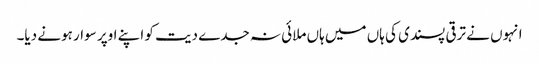
انہوں نے ترقی پسندی کی ہاں میں ہاں ملائی نہ جدے دیت کو اپنے اوپر سوار ہونے دیا۔